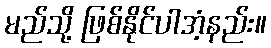
မည်သို့ ဖြစ်နိုင်ပါအံ့နည်း။